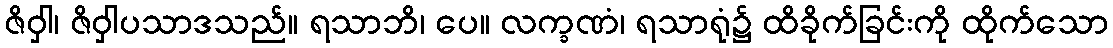
ဇိဝှါ၊ ဇိဝှါပသာဒသည်။ ရသာဘိ၊ ပေ။ လက္ခဏံ၊ ရသာရုံ၌ ထိခိုက်ခြင်းကို ထိုက်သော